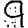
Digit: 9